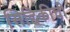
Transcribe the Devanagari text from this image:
सिद्दिकीची